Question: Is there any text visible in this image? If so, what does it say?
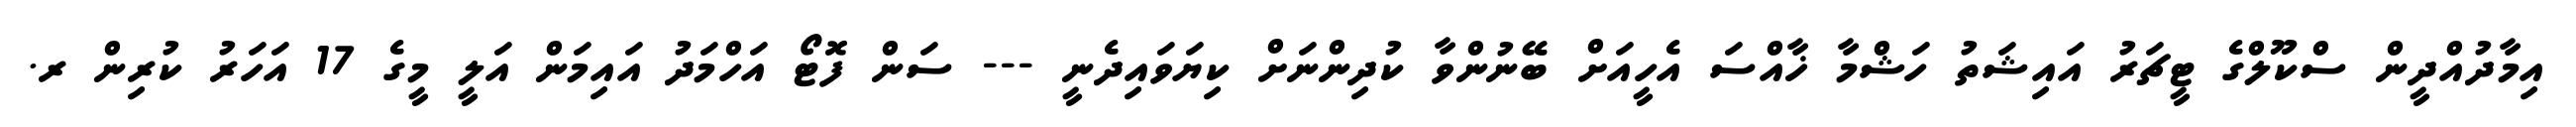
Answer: އިމާދުއްދީން ސްކޫލްގެ ޓީޗަރު އައިޝަތު ހަޝްމާ ޚާއްސަ އެހީއަށް ބޭނުންވާ ކުދިންނަށް ކިޔަވައިދެނީ --- ސަން ފޮޓޯ އަހްމަދު އައިމަން އަލީ މީގެ 17 އަހަރު ކުރިން ރ.